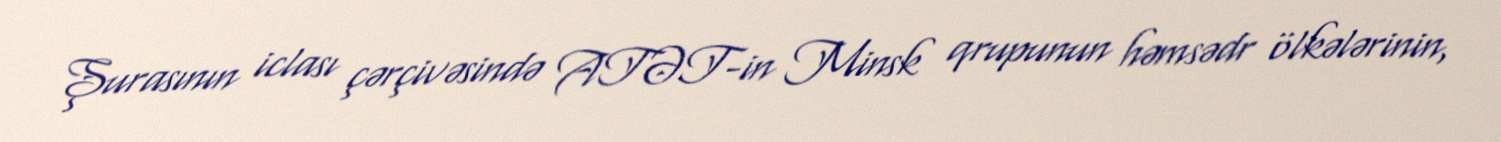
Şurasının iclası çərçivəsində ATƏT-in Minsk qrupunun həmsədr ölkələrinin,